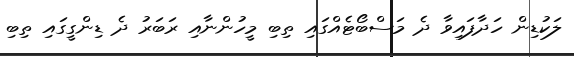
ލަކުޑިން ހަދާފައިވާ ދެ މަސްބޯޓެއްގައި ތިބި މީހުންނާއި ރަބަރު ދެ ޑިންގީގައި ތިބި